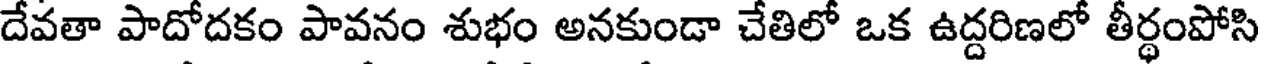
దేవతా పాదోదకం పావనం శుభం అనకుండా చేతిలో ఒక ఉద్దరిణలో తీర్థంపోసి